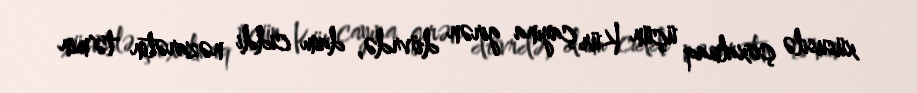
xüsusilə çoxalmaq üçün Kür çayına girən dövrdə, daim ciddi nəzarətin tə'min